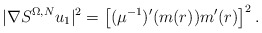
\begin{align*}|\nabla S^{\Omega,N} u_1|^2 = \left[ (\mu^{-1})'(m(r)) m'(r)\right]^2 .\end{align*}